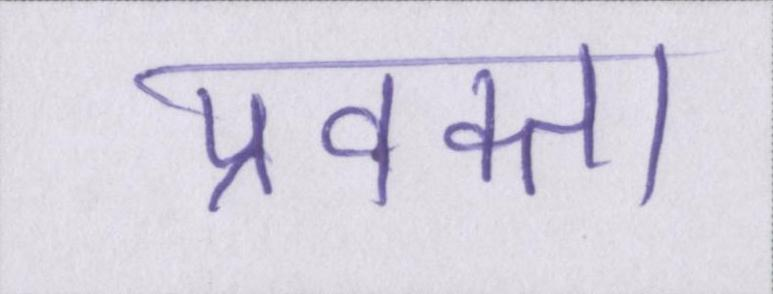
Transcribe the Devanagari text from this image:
प्रवक्ता